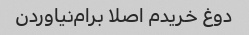
دوغ خریدم اصلا برام‌نیاوردن